Mental hospitals Bombay report 1929-33 - 1929-1933
Year: 1929
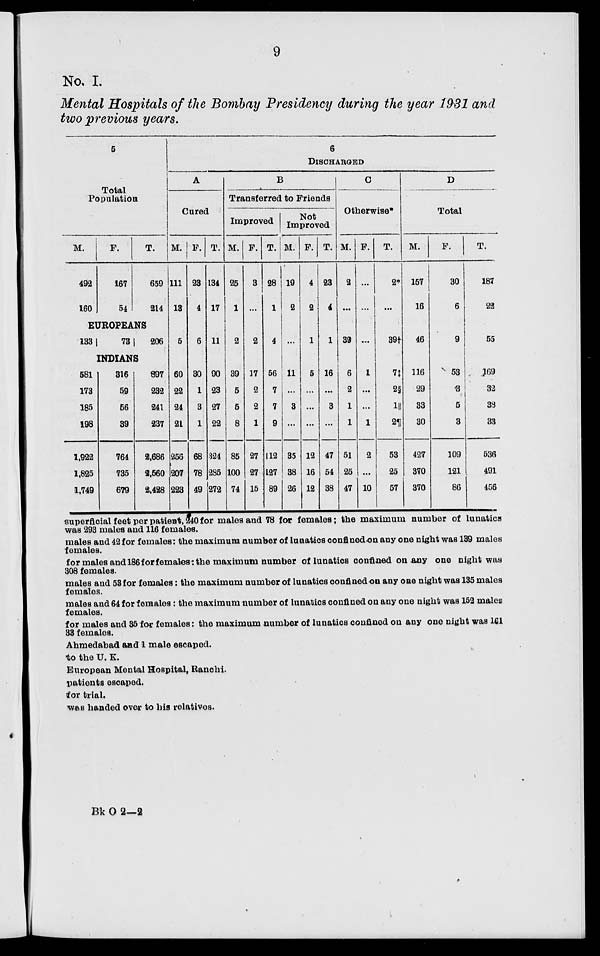
9
No. I.
Mental Hospitals of the Bombay Presidency during the year 1931 and
two previous years.
5
Total
Population
M.
492
160
F.
167
54
T.
659
214
EUROPEANS
133
73
206
INDIANS
581
173
185
198
1,922
1,825
1,749
316
59
56
39
764
735
679
897
232
241
237
2,686
2,560
2,428
6
DISCHARGED
A
Cured
M.
111
13
5
60
22
24
21
256
207
223
F.
23
4
6
30
1
3
1
68
78
49
T.
134
17
11
90
23
27
22
324
285
272
B
Transferred to Friends
Improved
M.
25
1
2
39
5
5
8
85
100
74
F.
3
...
2
17
2
2
1
27
27
15
T.
28
1
4
56
7
7
9
112
127
89
Not
Improved
M.
19
2
...
11
...
3
...
35
38
26
F.
4
2
1
5
...
...
...
12
16
12
T.
23
4
1
16
...
3
...
47
54
38
C
Otherwise*
M.
2
...
39
6
2
1
1
51
25
47
F.
...
...
...
1
...
...
1
2
...
10
T.
2*
...
39†
7‡
2§
1||
2¶
53
25
57
D
Total
M.
157
16
46
116
29
33
30
427
370
370
F.
30
6
9
53
3
5
3
109
121
86
T.
187
22
55
169
32
38
33
536
491
456
superficial feet per patient, 240 for males and 78 for females; the maximum number of lunatics
was 293 males and 116 females.
males and 42 for females: the maximum number of lunatics confined on any one night was 139 males
females.
for males and 186 for females: the maximum number of lunatics confined on any one night was
308 females.
males and 53 for females: the maximum number of lunatics confined on any one night was 135 males
females.
males and 64 for females: the maximum number of lunatics confined on any one night was 152 males
females.
for males and 35 for females: the maximum number of lunatics confined on any one night was 161
33 females.
Ahmedabad and 1 male escaped.
to the U. K.
European Mental Hospital, Ranchi.
patients escaped.
for trial.
was handed over to his relatives.
Bk O 2—2